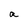
Character: a